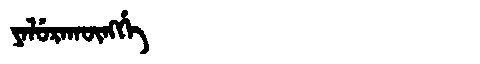
Manchu: ᠶᠠᠯᡠᡵᠠᡴᡡᠩᡤᡝ
Romanization: YALURAKŪNGGE